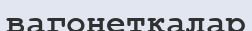
вагонеткалар